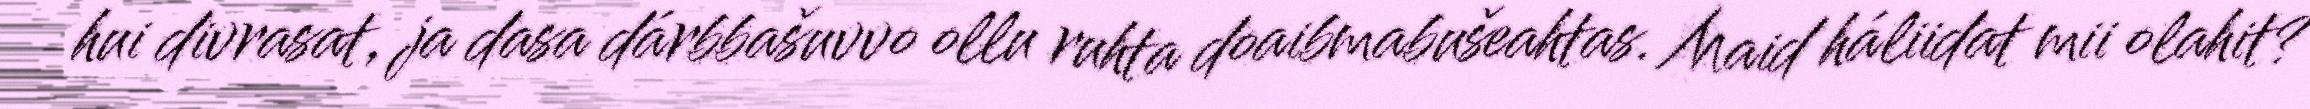
hui divrasat, ja dasa dárbbašuvvo ollu ruhta doaibmabušeahtas. Maid háliidat mii olahit?